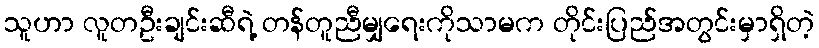
သူဟာ လူတဦးချင်းဆီရဲ့ တန်တူညီမျှရေးကိုသာမက တိုင်းပြည်အတွင်းမှာရှိတဲ့